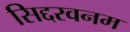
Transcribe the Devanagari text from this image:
सिद्दरवनम